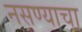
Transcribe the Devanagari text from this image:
नसण्याचा